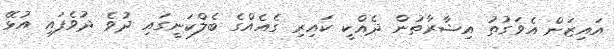
އައިޒަން އެވަގުތު އިޝާރާތުން ދެއްކީ ކައިރި ގެއެއްގެ ބެލްކަނީގައި ދުވެ ދުވެފައި އުޅޭ